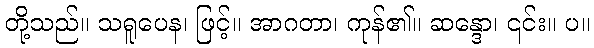
တို့သည်။ သရူပေန၊ ဖြင့်။ အာဂတာ၊ ကုန်၏။ ဆန္ဒော၊ ၎င်း။ ပ။